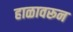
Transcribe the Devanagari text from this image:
हाळावरून